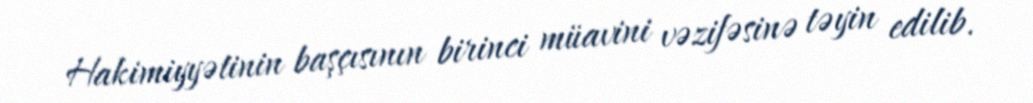
Hakimiyyətinin başçısının birinci müavini vəzifəsinə təyin edilib.